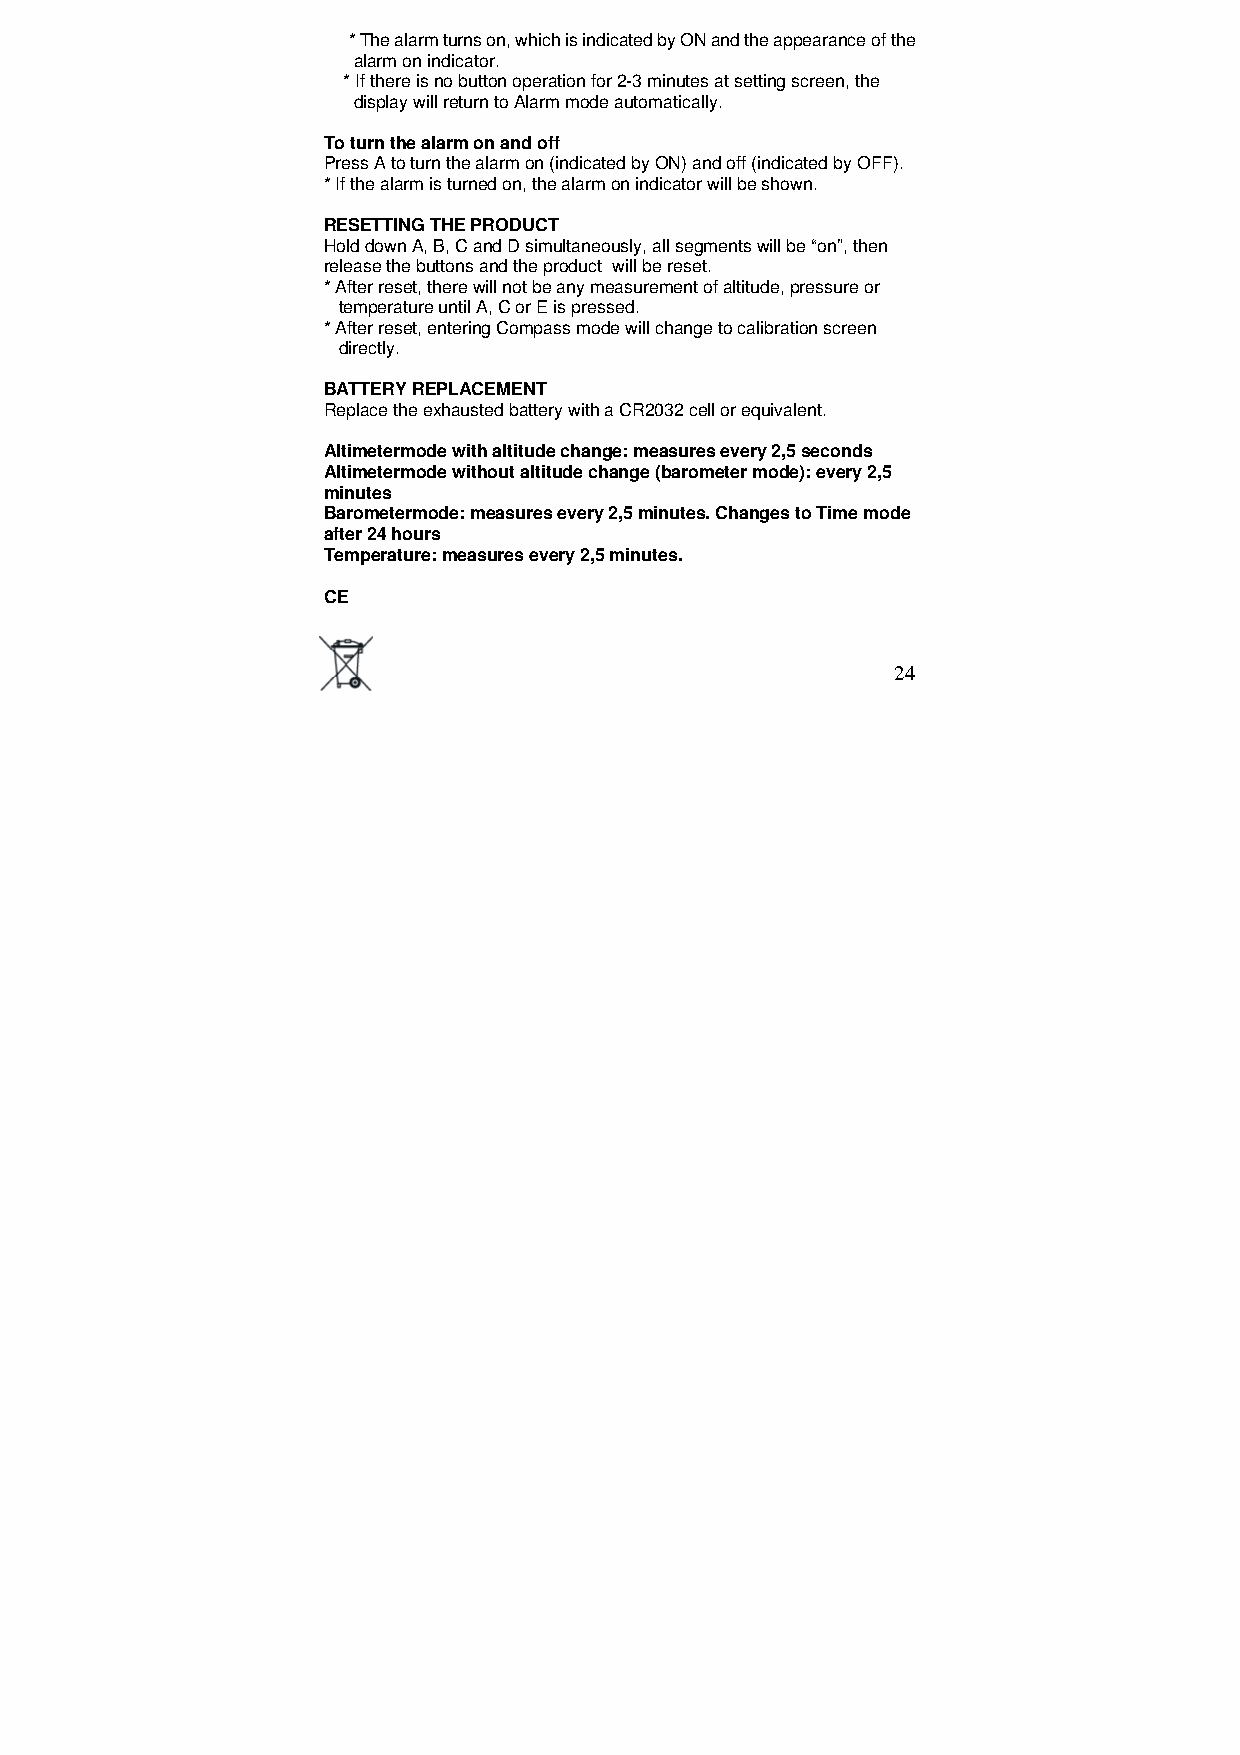
* The alarm turns on, which is indicated by ON and the appearance of the
 alarm on indicator.
 * If there is no button operation for 2-3 minutes at setting screen, the
 display will return to Alarm mode automatically.
 To turn the alarm on and off
 Press A to turn the alarm on (indicated by ON) and off (indicated by OFF).
 * If the alarm is turned on, the alarm on indicator will be shown.
 RESETTING THE PRODUCT
 Hold down A, B, C and D simultaneously, all segments will be “on”, then
 release the buttons and the product will be reset.
 * After reset, there will not be any measurement of altitude, pressure or
 temperature until A, C or E is pressed.
 * After reset, entering Compass mode will change to calibration screen
 directly.
 BATTERY REPLACEMENT
 Replace the exhausted battery with a CR2032 cell or equivalent.
 Altimetermode with altitude change: measures every 2,5 seconds
 Altimetermode without altitude change (barometer mode): every 2,5
 minutes
 Barometermode: measures every 2,5 minutes. Changes to Time mode
 after 24 hours
 Temperature: measures every 2,5 minutes.
 CE
 24